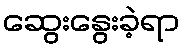
ဆွေးနွေးခဲ့ရာ